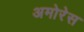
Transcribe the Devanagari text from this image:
अमोरेस